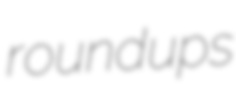
roundups